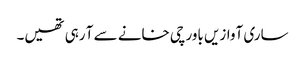
ساری آوازیں باورچی خانے سے آ رہی تھیں۔